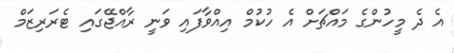
އެ ދެ މީހުންގެ މައްޗަށް އެ ހުކުމް އިއްވާފައި ވަނީ ރާއްޖޭގައި ޓެރަރިޒަމް